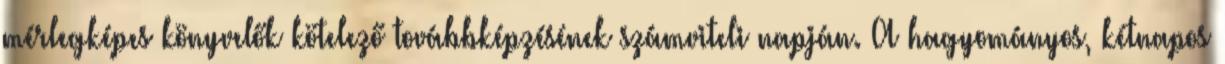
mérlegképes könyvelők kötelező továbbképzésének számviteli napján. A hagyományos, kétnapos